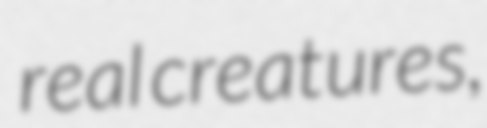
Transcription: real creatures,